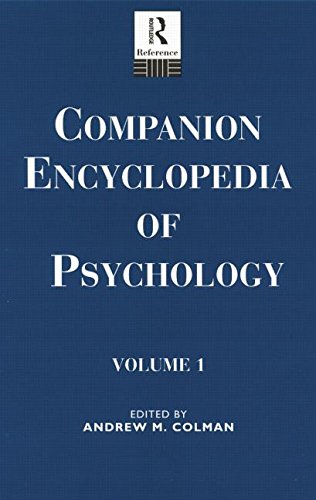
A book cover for Companion Encyclopedia of Psychology: 2-volume set (Routledge Companion Encyclopedias); Medical Books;